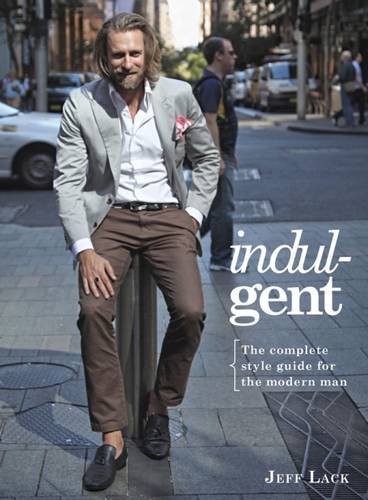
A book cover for Indulgent: The Complete Style Guide For The Modern Man; Jeff Lack; Health, Fitness & Dieting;